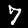
Label: 7